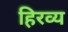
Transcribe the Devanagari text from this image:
हिरव्य